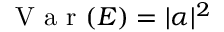
\mathrm { ~ V ~ a ~ r ~ } ( E ) = | \alpha | ^ { 2 }